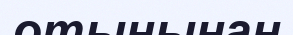
отынынан